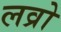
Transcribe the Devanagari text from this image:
लव्रो